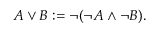
A \lor B : = \neg ( \neg A \land \neg B ) .